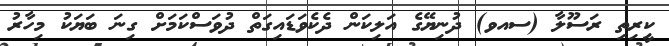
ކީރިތި ރަސޫލާ (ސއވ) ދުނިޔޭގެ އަލިކަން ދެކެވަޑައިގަތް ދުވަސްކަމަށް ގިނަ ބަޔަކު މިހާރު